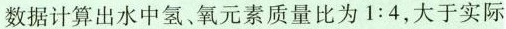
数据计算出水中氢、氧元素质量比为$$1 : 4$$，大于实际